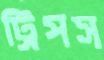
ট্রিপস